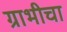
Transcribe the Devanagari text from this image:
ग्राभीचा